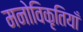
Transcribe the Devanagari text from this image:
मनोविकृतियाँ